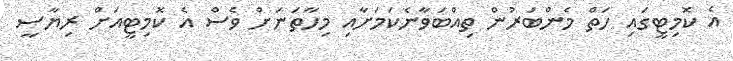
އެ ކޮމިޓީގައި ހަތް މެންބަރުން ތިއްބަވާނެކަމަށާއި މިހާތަނަށް ވެސް އެ ކޮމިޓީއަށް ރިޔާސީ